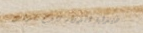
صيدلية الدواء تقدم خدمات